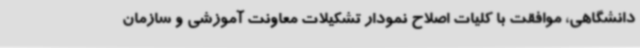
دانشگاهی، موافقت با کلیات اصلاح نمودار تشکیلات معاونت آموزشی و سازمان